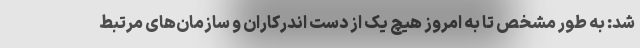
شد: به طور مشخص تا به امروز هیچ یک از دست اندرکاران و سازمان‌های مرتبط